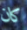
كان